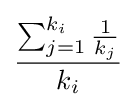
{\frac {\sum _{j=1}^{k_{i}}{\frac {1}{k_{j}}}}{k_{i}}}